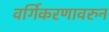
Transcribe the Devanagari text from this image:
वर्गिकरणावरुन